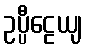
ဥပ္ပီဠေယျ